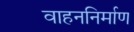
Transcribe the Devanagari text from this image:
वाहननिर्माण